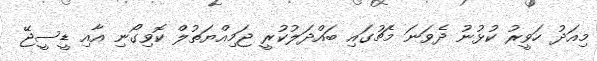
މިއަދު ހަވީރު ކުޅުނު ދެވަނަ މެޗުގައި ބައްދަލުކުރީ ޖަމިއްޔަތުލް ކޮވިގޯނި އާއި ޑީސީޖޭ